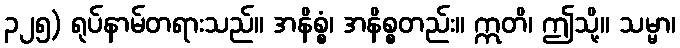
၃၂၅) ရုပ်နာမ်တရားသည်။ အနိစ္စံ၊ အနိစ္စတည်း။ ဣတိ၊ ဤသို့။ သမ္မာ၊